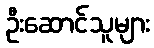
ဦးဆောင်သူများ